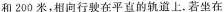
和200米，相向行驶在平直的轨道上。若坐在